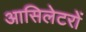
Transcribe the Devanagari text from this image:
आसिलेटरों